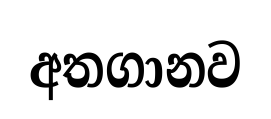
අතගානව